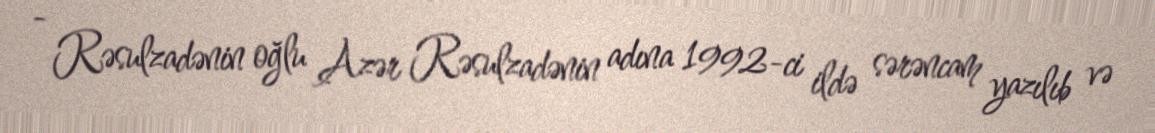
- Rəsulzadənin oğlu Azər Rəsulzadənin adına 1992-ci ildə sərəncam yazılıb və